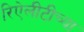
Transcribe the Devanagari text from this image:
रिऐलीटीच्या